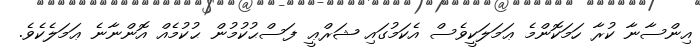
އިންސާނާ ކުރާ ހަމަކޮންމެ ޢަމަލަކީވެސް އެކަމުގައި ޝަރްޢީ ފަސްޙުކުމުން ޙުކުމެއް އޮންނާނެ ޢަމަލެކެވެ.